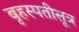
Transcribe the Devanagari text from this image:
बृहस्पतीसूत्र